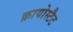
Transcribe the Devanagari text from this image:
क्रायोस्टैट